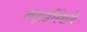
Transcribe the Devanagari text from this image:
लड़ाईस्थिति